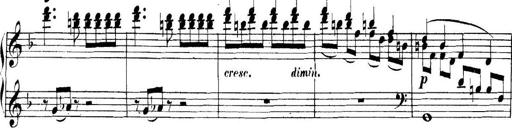
Title: Collected Piano Sonatas
Composer: Muzio Clementi